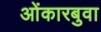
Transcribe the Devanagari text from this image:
ओंकारबुवा